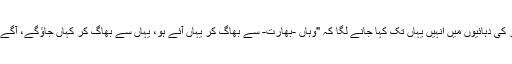
ساٹھ اور ستر کی دہائیوں میں انہیں یہاں تک کہا جانے لگا کہ "وہاں -بھارت- سے بھاگ کر یہاں آئے ہو، یہاں سے بھاگ کر کہاں جاؤگے، آگے سمندر ہے”۔